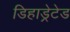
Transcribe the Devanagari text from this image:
डिहाड्रेटेड